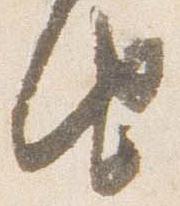
由